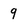
Character: 9